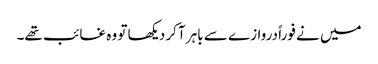
میں نے فوراً دروازے سے باہر آکر دیکھا تو وہ غائب تھے۔